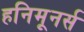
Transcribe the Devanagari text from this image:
हनिमूनर्स